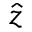
\hat { z }